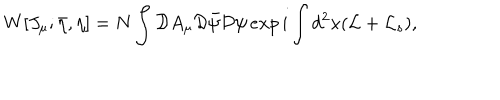
LaTeX: W [ J _ { \mu } ; \bar { \eta } , \eta ] = N \int { \cal D } A _ { \mu } { \cal D } \bar { \psi } { \cal D } \psi \, e x p \, i \int d ^ { 2 } x ( { \cal L } + { \cal L } _ { s } ) ,